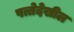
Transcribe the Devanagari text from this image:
पत्तेदेखील